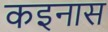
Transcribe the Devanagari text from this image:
कइनास